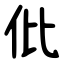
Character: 仳